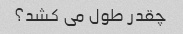
چقدر طول می کشد؟